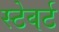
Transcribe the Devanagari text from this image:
स्टेवर्ट